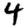
Digit: 4